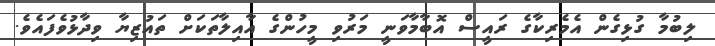
ލިބުމާ ގުޅިގެން އެމެރިކާގެ ރައީސް އޮބާމާވަނީ މަރުވި މީހުންގެ އާއިލާތަކަށް ތައުޒިޔާ ވިދާޅުވެފައެވެ.